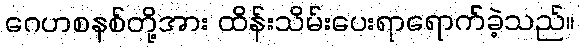
ဂေဟစနစ်တို့အား ထိန်းသိမ်းပေးရာရောက်ခဲ့သည်။